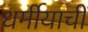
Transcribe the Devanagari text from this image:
धर्मीयाची